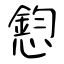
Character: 憌